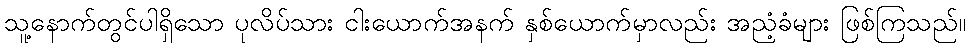
သူ့နောက်တွင်ပါရှိသော ပုလိပ်သား ငါးယောက်အနက် နှစ်ယောက်မှာလည်း အညံ့ခံများ ဖြစ်ကြသည်။